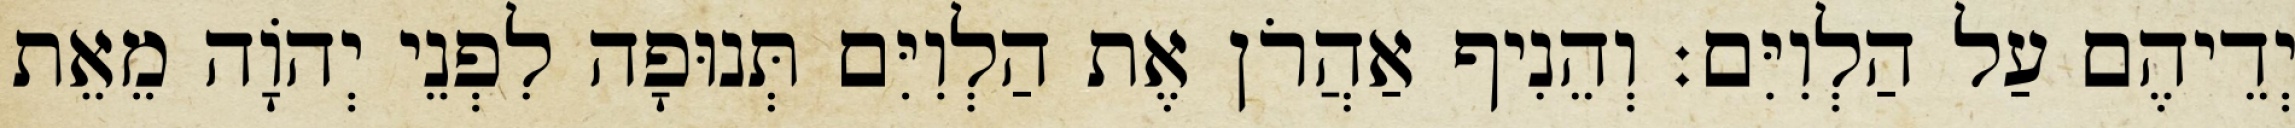
יְדֵיהֶם עַל הַלְוִיִּם׃ וְהֵנִיף אַהֲרֹן אֶת הַלְוִיִּם תְּנוּפָה לִפְנֵי יְהֹוָה מֵאֵת